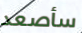
سأصعد